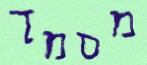
מסמך